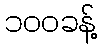
၁၀၀ခန့်